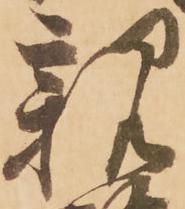
親